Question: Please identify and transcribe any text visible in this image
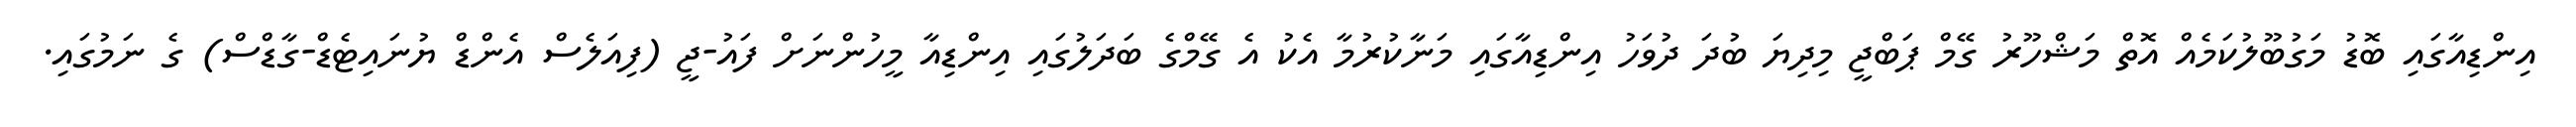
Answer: އިންޑިއާގައި ބޮޑު މަގުބޫލުކަމެއް އޮތް މަޝްހޫރު ގޭމް ޕަބްޖީ މިދިޔަ ބުދަ ދުވަހު އިންޑިއާގައި މަނާކުރުމާ އެކު އެ ގޭމްގެ ބަދަލުގައި އިންޑިއާ މީހުންނަށް ފައު-ޖީ (ފިއަލެސް އެންޑް ޔުނައިޓެޑް-ގާޑްސް) ގެ ނަމުގައި.